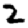
Digit: 2